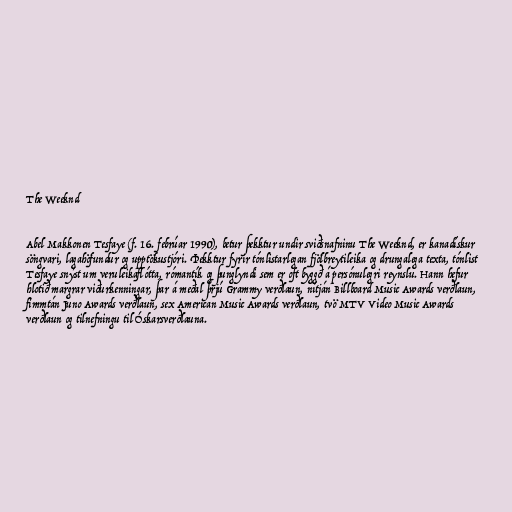
The Weeknd

Abel Makkonen Tesfaye (f. 16. febrúar 1990), betur þekktur undir sviðsnafninu The Weeknd, er kanadískur
söngvari, lagahöfundur og upptökustjóri. Þekktur fyrir tónlistarlegan fjölbreytileika og drungalega texta, tónlist
Tesfaye snýst um veruleikaflótta, rómantík og þunglyndi sem er oft byggð á persónulegri reynslu. Hann hefur
hlotið margrar viðurkenningar, þar á meðal þrjú Grammy verðlaun, nítján Billboard Music Awards verðlaun,
fimmtán Juno Awards verðlaun, sex American Music Awards verðlaun, tvö MTV Video Music Awards
verðlaun og tilnefningu til Óskarsverðlauna.